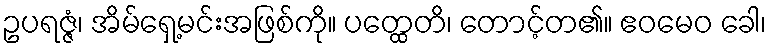
ဥပရဇ္ဇံ၊ အိမ်ရှေ့မင်းအဖြစ်ကို။ ပတ္ထေတိ၊ တောင့်တ၏။ ဧဝမေဝ ခေါ၊